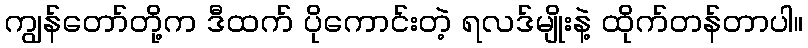
ကျွန်တော်တို့က ဒီထက် ပိုကောင်းတဲ့ ရလဒ်မျိုးနဲ့ ထိုက်တန်တာပါ။